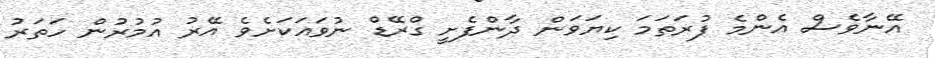
އޭނާވެސް އެންމެ ފުރަތަމަ ކިޔަވަން ދާންފެށީ ގްރޭޑް ނުވައަކަށެވެ އޭރު އުމުރުން ހަތަރު